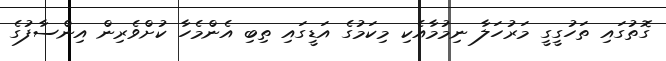
ގޮތުގައި ތަހުގީގީ މަރުހަލާ ނިމުމާއެކި މިކަމުގެ އަޑީގައި ތިބި އެންމެހާ ކުށްވެރިން އިންސާފުގެ